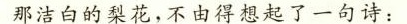
那洁白的梨花，不由得想起了一句诗：